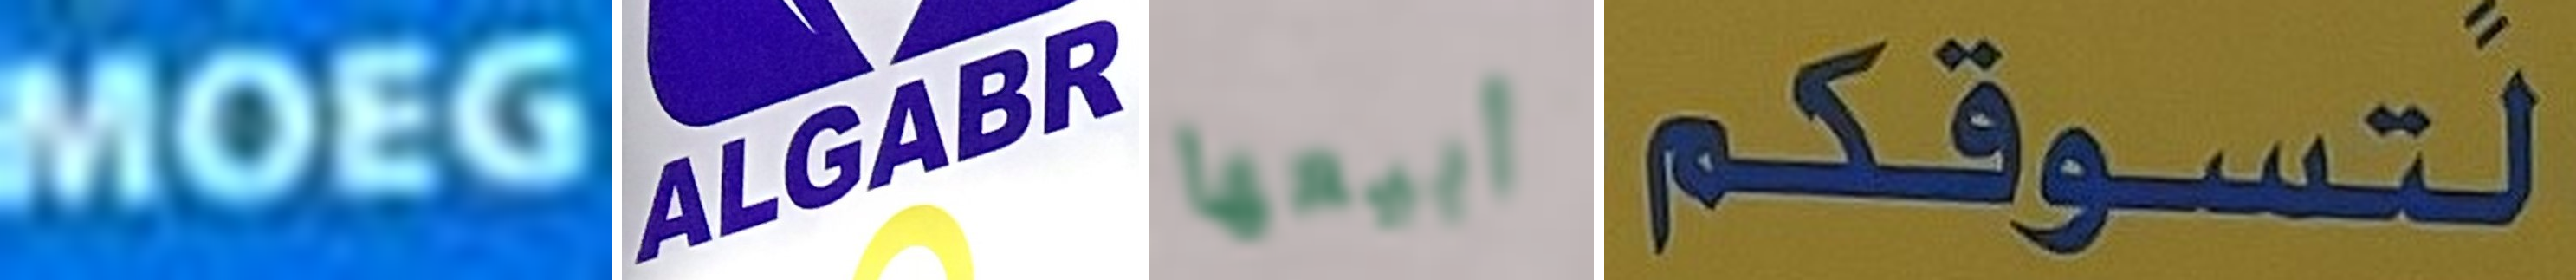
MOEG ALGABR أبيعها لتسوقكم